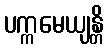
ပက္ကမေယျန္တိ